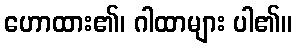
ဟောထား၏၊ ဂါထာများ ပါ၏။